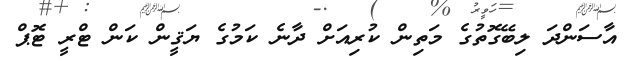
އާސަންދަ ލިބޭގޮތުގެ މަތިން ކުރިއަށް ދާނެ ކަމުގެ ޔަޤީން ކަން ޓްރީ ޓޮޕް